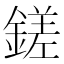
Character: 鎈